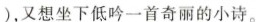
)，又想坐下低吟一首奇丽的小诗。